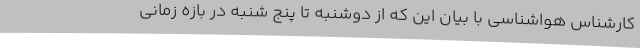
کارشناس هواشناسی با بیان این که از دوشنبه تا پنج شنبه در بازه زمانی